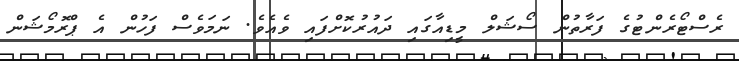
ރެސްޓޯރެންޓުގެ ފަރާތުން ސޯޝަލް މީޑިއާގައި ދައުރުކޮށްފައި ވެއެވެ. ނަމަވެސް ފަހުން އެ ޕްރޮމޯޝަން